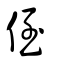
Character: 侄